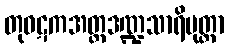
တုဝဋကအတ္တဒဏ္ဍသာရိပုတ္တာ